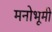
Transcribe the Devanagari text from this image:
मनोभूमी